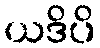
ယဒိပိ